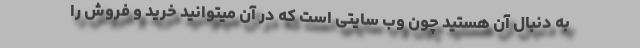
به دنبال آن هستید چون وب سایتی است که در آن میتوانید خرید و فروش را